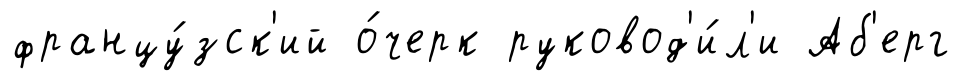
францу́зск'ий о́черк руковод'и́л'и Аб'ерг